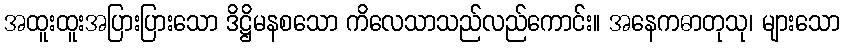
အထူးထူးအပြားပြားသော ဒိဋ္ဌိမနစသော ကိလေသာသည်လည်ကောင်း။ အနေကဓာတုသု၊ များသော